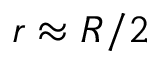
r \approx R / 2